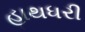
હાથધરી